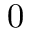
0